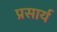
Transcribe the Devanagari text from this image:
प्रसार्य